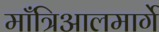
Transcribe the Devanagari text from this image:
माँत्रिआलमार्गे